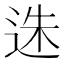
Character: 𨒲